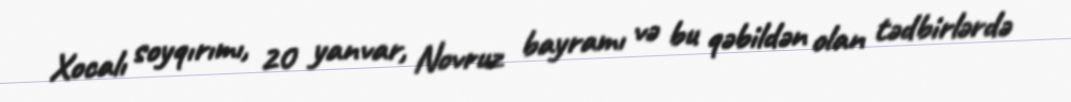
Xocalı soyqırımı, 20 yanvar, Novruz bayramı və bu qəbildən olan tədbirlərdə